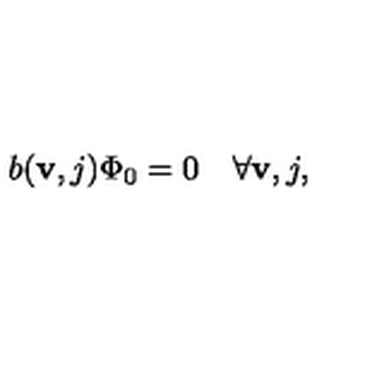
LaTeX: b ( { \bf v } , j ) \Phi _ { 0 } = 0 \quad \forall { \bf v } , j ,